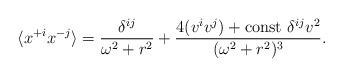
LaTeX: \begin{align*}\langle x^{+i} x^{-j} \rangle = {\delta^{ij} \over \omega^2+r^2} + {4 (v^iv^j)+ {\rm const}\ \delta^{ij} v^2 \over (\omega^2+r^2)^3}.\end{align*}